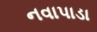
નવાપાડા